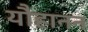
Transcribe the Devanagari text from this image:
यौहानन